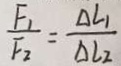
\frac { F _ { 1 } } { F _ { 2 } } = \frac { \Delta L _ { 1 } } { \Delta l _ { 2 } }